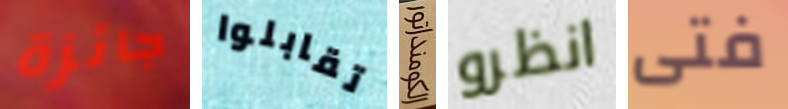
جائزة تقابلوا الكومنداتور انظرو فتى